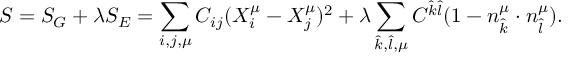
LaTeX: \protect S = S _ { G } + \lambda S _ { E } = \sum _ { i , j , \mu } C _ { i j } ( X _ { i } ^ { \mu } - X _ { j } ^ { \mu } ) ^ { 2 } + \lambda \sum _ { \hat { k } , \hat { l } , \mu } C ^ { \hat { k } \hat { l } } ( 1 - n _ { \hat { k } } ^ { \mu } \cdot n _ { \hat { l } } ^ { \mu } ) .